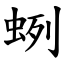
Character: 蛚